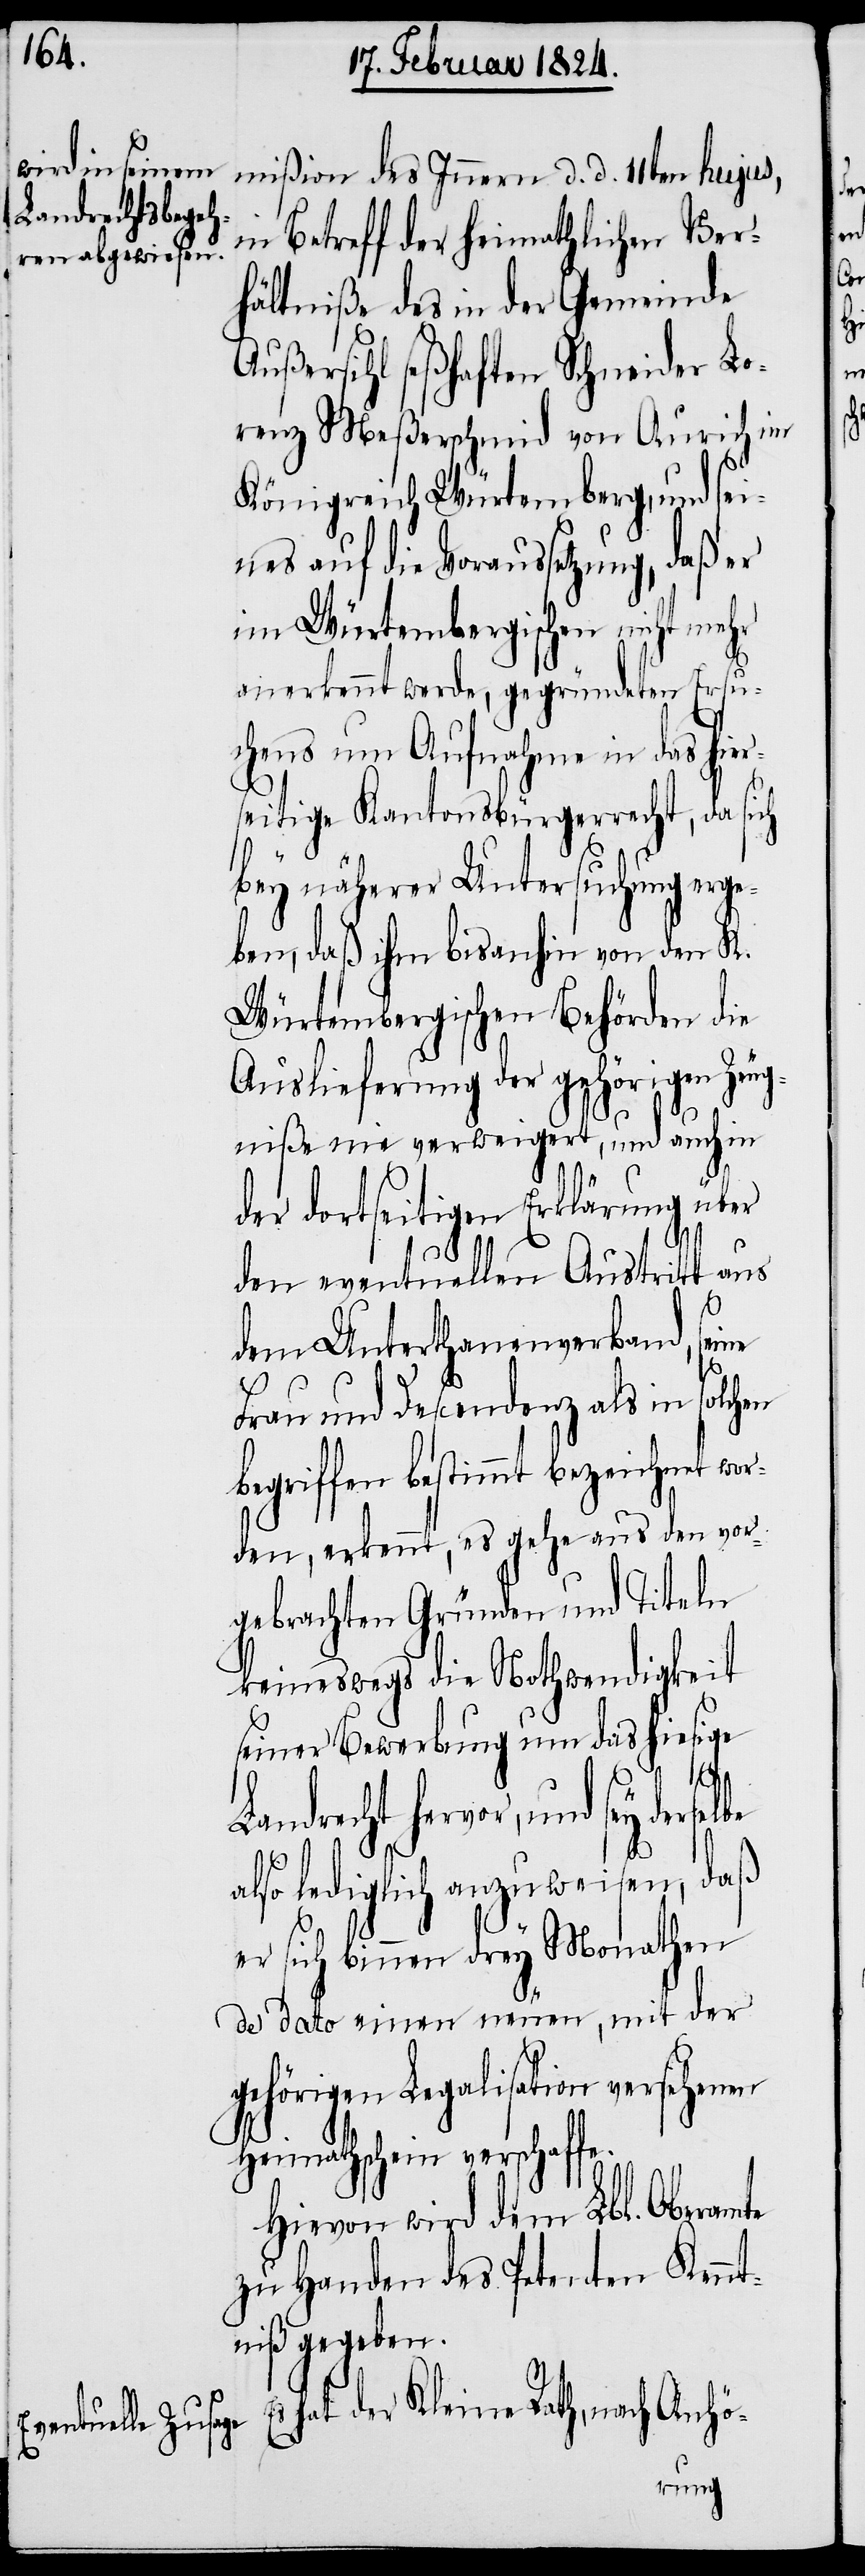
in Betreff der heimathlichen Ver¬
hältniße des in der Gemeinde
Außersihl seßhaften Schneider Lo¬
renz Meßerschmid von Aurich im
Königreich Würtemberg, und sei¬
nes auf die Voraussetzung, daß er
im Würtembergischen nicht mehr
anerkennt werde, gegründeten Ersuc¬
hens um Aufnahme in das hi¬
seitige Kantonsbürgerrecht, da sich
bey näherer Untersuchung erg¬
eben, daß ihm bisanhin von den K.
Würtembergischen Behörden die
Auslieferung der gehörigen Zeug¬
niße nie verweigert, und auch in
der dortseitigen Erklärung über
des
den eventuellen Austritt aus
dem Unterthanenverband, sei¬
Frau und Decendenz als in solchen
egriffen bestimmt bezeichnet
den, erkennt, es gehe aus den vor¬
gebrachten Gründen und Titeln
keineswegs die Nothwendigkeit
seiner Bewerbung um das hiesige
wor¬
Landrecht hervor, und sey derse¬
also lediglich anzuweisen, daß
er sich binnen drey Monathen
de dato einen neuen, mit der
gehörigen Legalisation versehenen
Heimathschein verschaffe.
Hievon wird dem Lbl. Oberamte
zu Handen des Petenten Kennt¬
niß gegeben.
Es hat der Kleine Rath, nach Anhö-
lbe